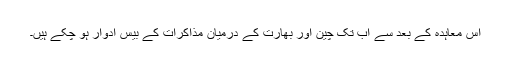
اس معاہدہ کے بعد سے اب تک چین اور بھارت کے درمیان مذاکرات کے بیس ادوار ہو چکے ہیں۔